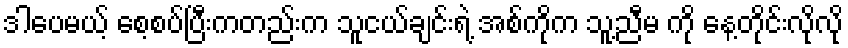
ဒါပေမယ့် စေ့စပ်ပြီးကတည်းက သူငယ်ချင်းရဲ့ အစ်ကိုက သူ့ညီမ ကို နေ့တိုင်းလိုလို